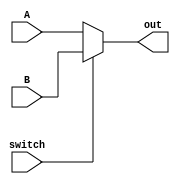
`timescale 1ns / 1ps
//////////////////////////////////////////////////////////////////////////////////
// Company: 
// Engineer: 
// 
// Design Name: 
// Module Name:    mux_2_1_32bit 
// Project Name: 
// Target Devices: 
// Tool versions: 
// Description: 
//
// Dependencies: 
//
// Revision: 
// Revision 0.01 - File Created
// Additional Comments: 
//
//////////////////////////////////////////////////////////////////////////////////
module mux_2_1_32bit(
	input switch,
	input [31:0]A, 
	input [31:0]B,
	output [31:0]out
    );
assign out=switch?B:A;



endmodule